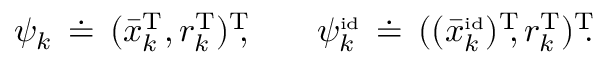
\begin{array} { r l r } & { \psi _ { k } \, \doteq \, ( \bar { x } _ { k } ^ { \mathrm { T } } , r _ { k } ^ { \mathrm { T } } ) ^ { \mathrm { T } } \! \! , \quad } & { \psi _ { k } ^ { \scriptscriptstyle \mathrm { i d } } \, \doteq \, ( ( \bar { x } _ { k } ^ { \scriptscriptstyle \mathrm { i d } } ) ^ { \mathrm { T } } \! \! , r _ { k } ^ { \mathrm { T } } ) ^ { \mathrm { T } } \! \! . } \end{array}